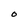
Character: O